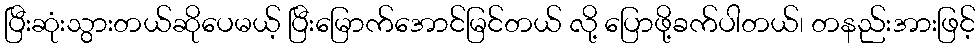
ပြီးဆုံးသွားတယ်ဆိုပေမယ့် ပြီးမြောက်အောင်မြင်တယ် လို့ ပြောဖို့ခက်ပါတယ်၊ တနည်းအားဖြင့်